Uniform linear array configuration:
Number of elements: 48
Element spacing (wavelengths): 0.25
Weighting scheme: hamming
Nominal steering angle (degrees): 15
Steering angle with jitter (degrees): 16.912
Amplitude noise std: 0.05
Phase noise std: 0.05

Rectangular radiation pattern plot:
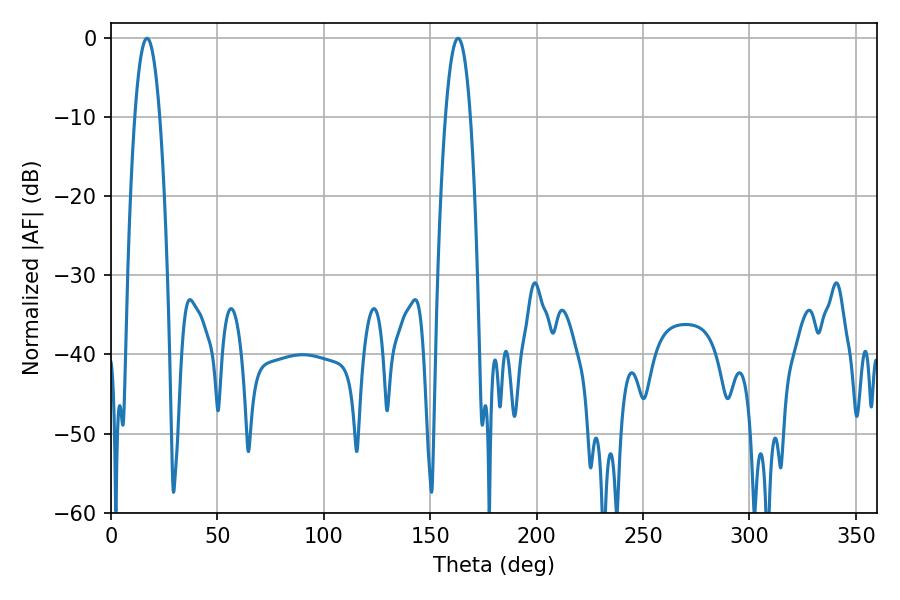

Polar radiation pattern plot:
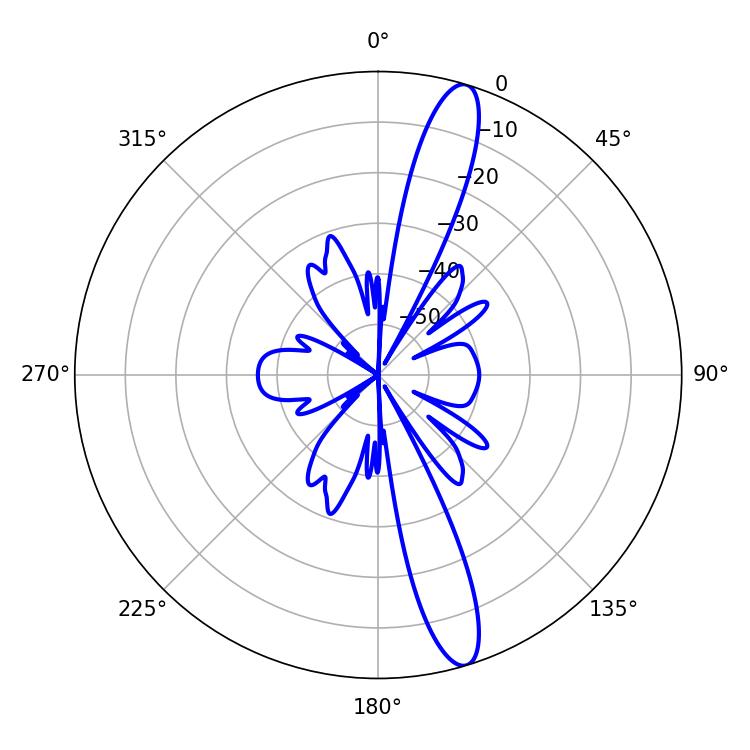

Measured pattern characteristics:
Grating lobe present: FALSE
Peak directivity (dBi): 14.501
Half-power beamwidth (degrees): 6.48
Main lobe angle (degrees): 16.92